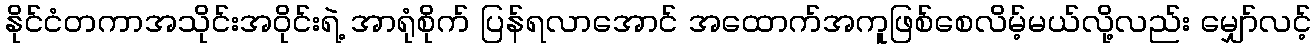
နိုင်ငံတကာအသိုင်းအဝိုင်းရဲ့ အာရုံစိုက် ပြန်ရလာအောင် အထောက်အကူဖြစ်စေလိမ့်မယ်လို့လည်း မျှော်လင့်